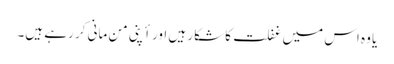
یا وہ اس میں غفلت کا شکار ہیں اور أپنی من مانی کر رہے ہیں۔